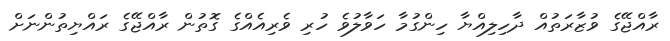
ރާއްޖޭގެ ވުޒާރަތުއް ދާހިލިއްޔާ ހިންގުމާ ހަވާލުވެ ހުރި ވެރިއެއްގެ ގޮތުން ރާއްޖޭގެ ރައްޔިތުންނަށް